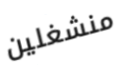
منشغلين